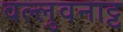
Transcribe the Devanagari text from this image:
वल्लुवनाट्ट